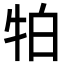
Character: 𭷛